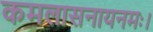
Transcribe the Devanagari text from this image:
कमलासनायनमः।